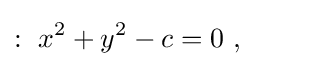
:\ x^{2}+y^{2}-c=0\ ,\qquad